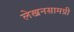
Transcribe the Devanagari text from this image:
लेखनसामग्री